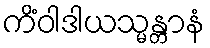
ကိံဝါဒါယသ္မန္တာနံ